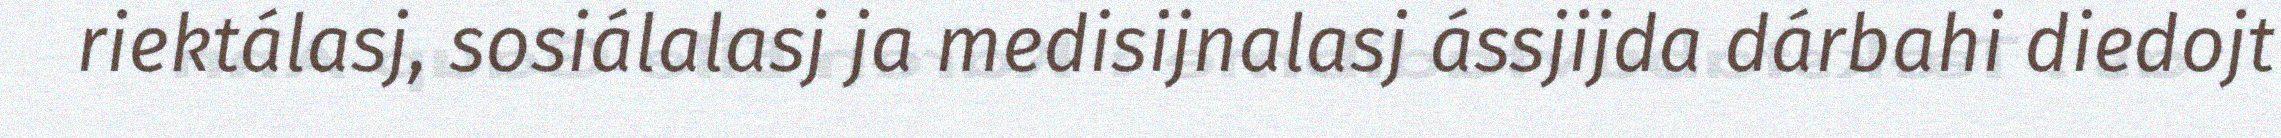
riektálasj, sosiálalasj ja medisijnalasj ássjijda dárbahi diedojt